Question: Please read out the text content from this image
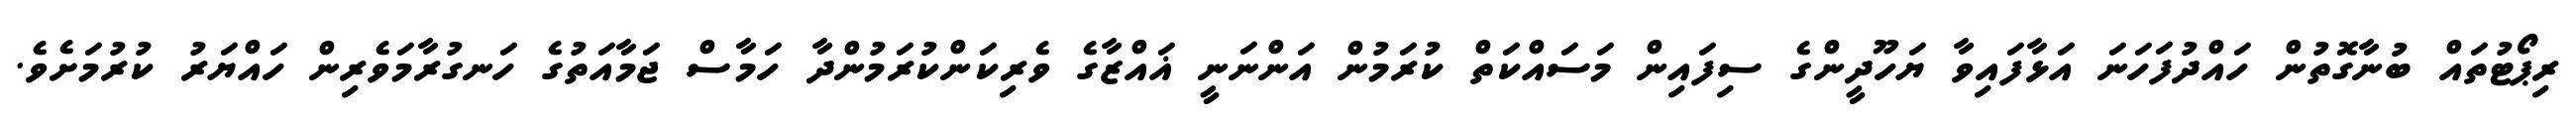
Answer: ރިޕޯޓުތައް ބުނާގޮތުން ހައްދުފަހަނަ އަޅާފައިވާ ޔަހޫދީންގެ ސިފައިން މަސައްކަތް ކުރަމުން އަންނަނީ ޣައްޒާގެ ވެރިކަންކުރަމުންދާ ހަމާސް ޖަމާއަތުގެ ހަނގުރާމަވެރިން ހައްޔަރު ކުރުމަށެވެ.